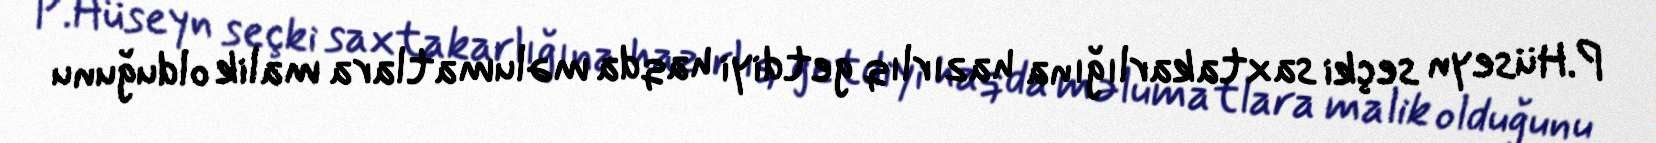
P.Hüseyn seçki saxtakarlığına hazırlıq getdiyi haqda məlumatlara malik olduğunu